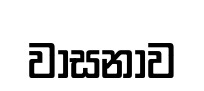
වාසනාව